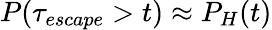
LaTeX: P(\tau_{escape}>t)\approx P_{H}(t)